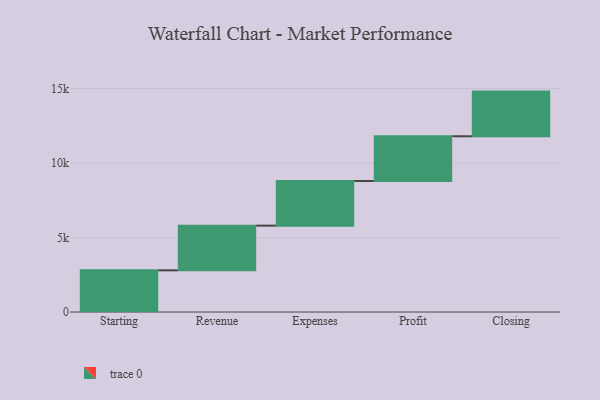
{"axis": {"x": "Step", "y": "Value"}, "legend": [""], "data": [{"x": "Starting", "y": 2797.0, "type": ""}, {"x": "Revenue", "y": 3000, "type": ""}, {"x": "Expenses", "y": 3000, "type": ""}, {"x": "Profit", "y": 3000, "type": ""}, {"x": "Closing", "y": 3000, "type": ""}]}